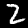
Label: 2